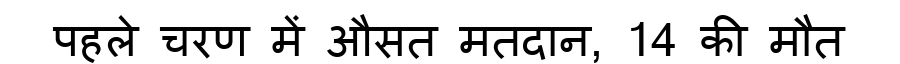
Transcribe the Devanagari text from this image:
पहले चरण में औसत मतदान, 14 की मौत